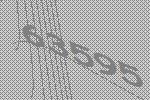
63595